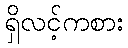
ရှိလင့်ကစား